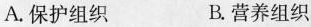
A.保护组织 B.营养组织